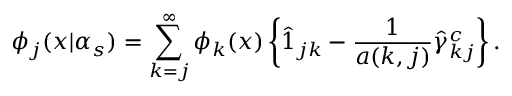
\phi _ { j } ( x | \alpha _ { s } ) = \sum _ { k = j } ^ { \infty } \phi _ { k } ( x ) \left\{ \hat { 1 } _ { j k } - \frac { 1 } { a ( k , j ) } \hat { \gamma } _ { k j } ^ { c } \right\} .